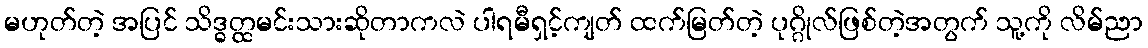
မဟုတ်တဲ့ အပြင် သိဒ္ဓတ္ထမင်းသားဆိုတာကလဲ ပါရမီရှင့်ကျတ် ထက်မြတ်တဲ့ ပုဂ္ဂိုလ်ဖြစ်တဲ့အတွက် သူ့ကို လိမ်ညာ